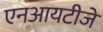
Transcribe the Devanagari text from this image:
एनआयटीजे